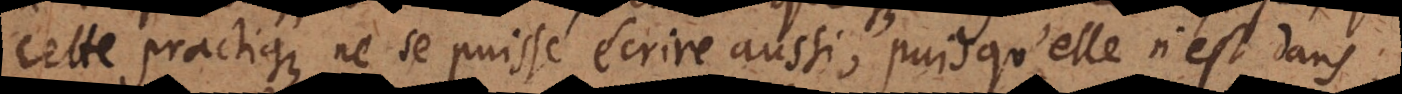
cette practique ne se puisse écrire aussi, puisqu’elle n’est dans